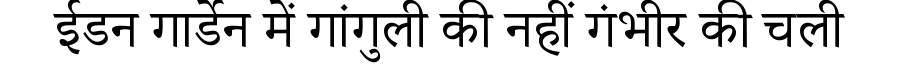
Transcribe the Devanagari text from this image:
ईडन गार्डेन में गांगुली की नहीं गंभीर की चली